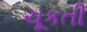
ચૂકતી